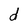
Character: d